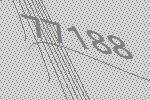
77188